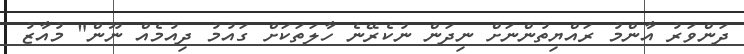
ދަންވަރު އާންމު ރައްޔިތުންނަށް ނިދަން ނުކެރޭނެ ހާލަތަކަށް ގައުމު ދިއުމެއް ނޫން" މުއާޒު